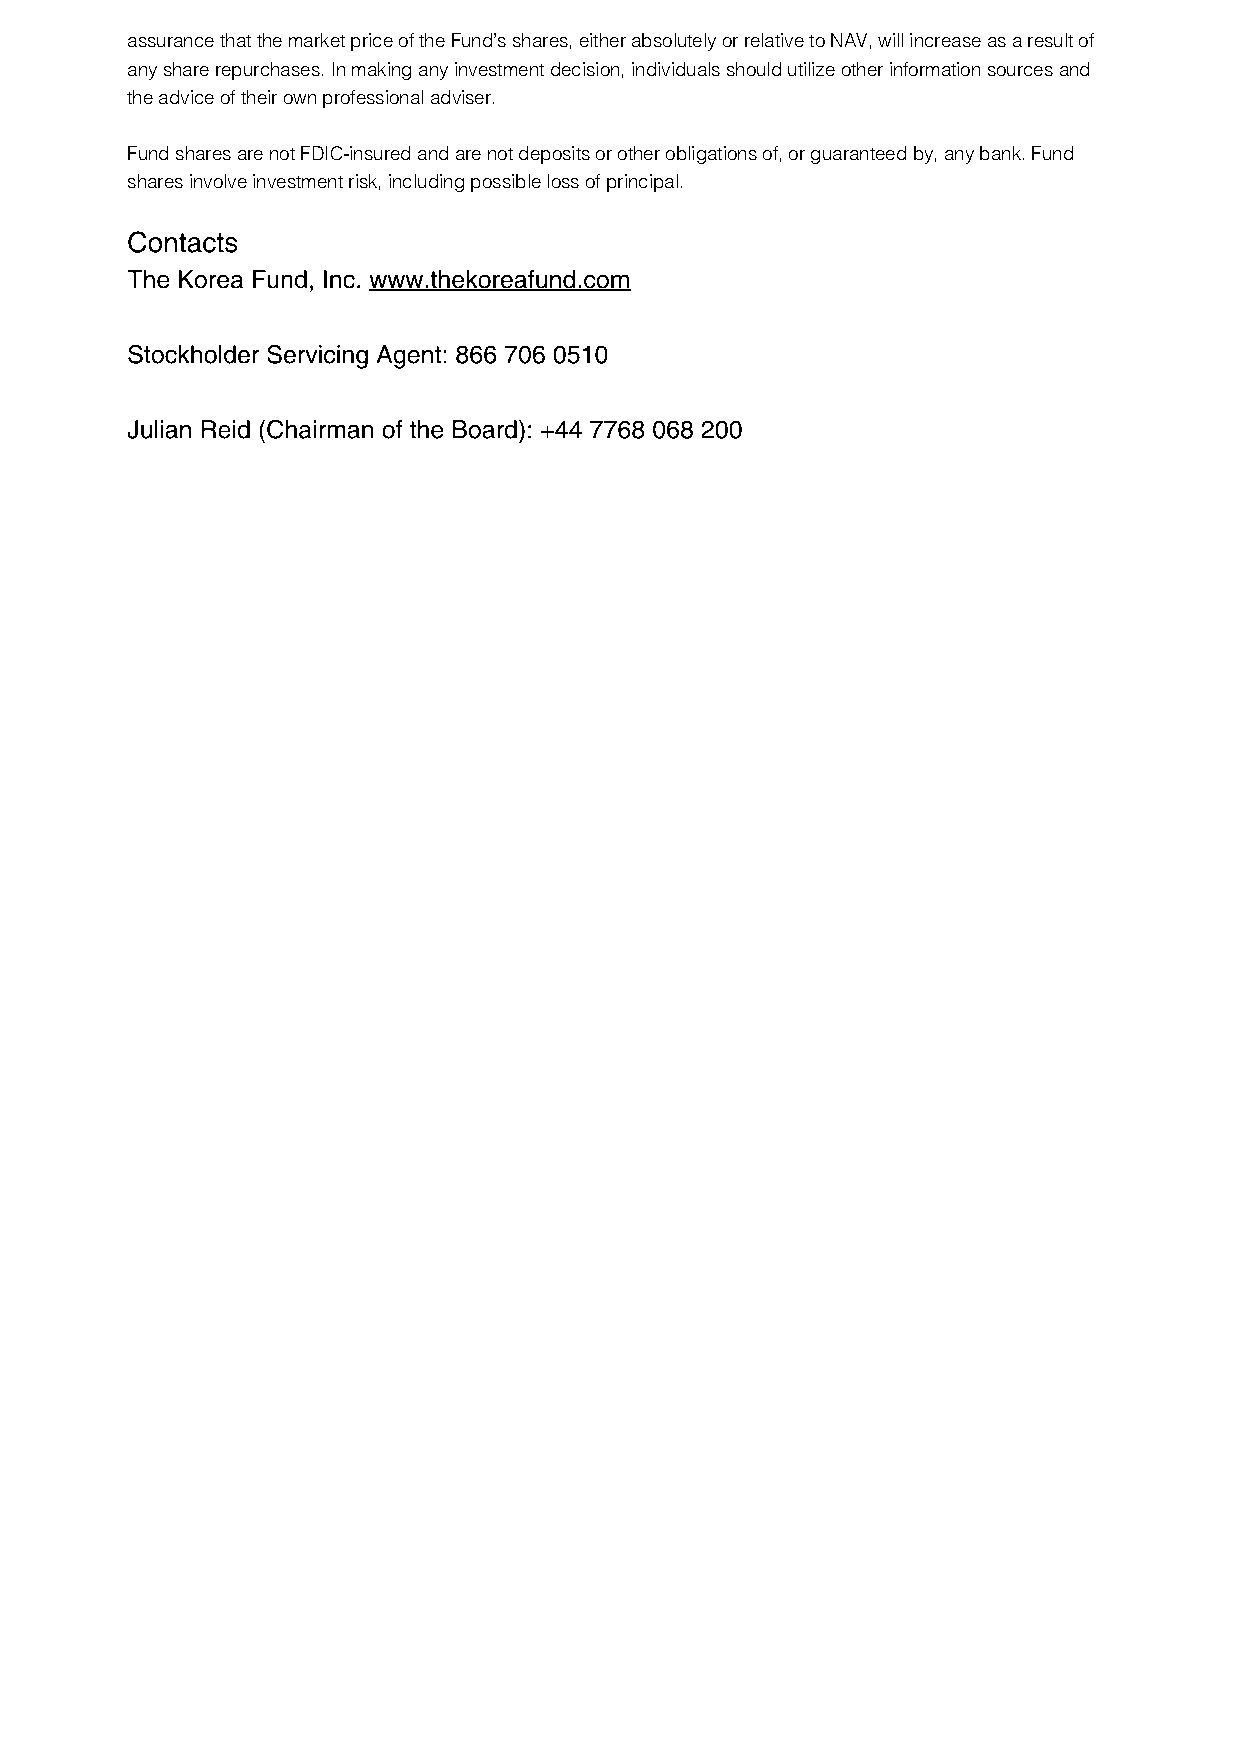
assurance that the market price of the Fund’s shares, either absolutely or relative to NAV, will increase as a result of
 any share repurchases. In making any investment decision, individuals should utilize other information sources and
 the advice of their own professional adviser.
 Fund shares are not FDIC-insured and are not deposits or other obligations of, or guaranteed by, any bank. Fund
 shares involve investment risk, including possible loss of principal.
 Contacts
 The Korea Fund, Inc. www.thekoreafund.com
 Stockholder Servicing Agent: 866 706 0510
 Julian Reid (Chairman of the Board): +44 7768 068 200